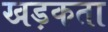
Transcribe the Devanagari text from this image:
खड़कता